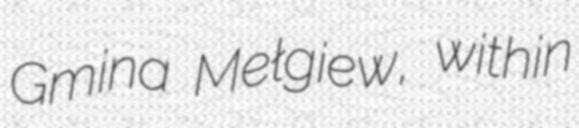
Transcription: Gmina Mełgiew, within